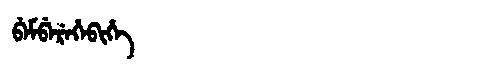
Manchu: ᠪᡝᠮᠪᡝᡵᡝᡥᡝᠪᡳᡥᡝ
Romanization: BEMBEREHEBIHE